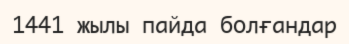
1441 жылы пайда болғандар